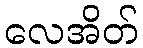
လေအိတ်